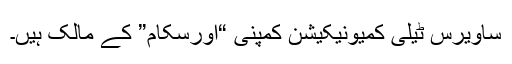
ساویرس ٹیلی کمیونیکیشن کمپنی “اورسکام” کے مالک ہیں۔